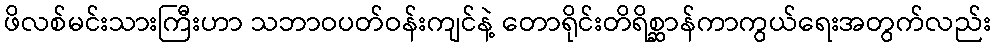
ဖိလစ်မင်းသားကြီးဟာ သဘာဝပတ်ဝန်းကျင်နဲ့ တောရိုင်းတိရိစ္ဆာန်ကာကွယ်ရေးအတွက်လည်း